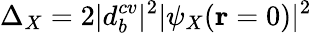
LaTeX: \Delta_{X}=2|d_{b}^{cv}|^{2}|\psi_{X}(\mathbf r=0)|^{2}